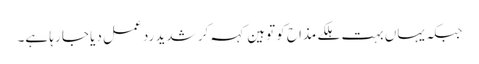
جبکہ یہاں بہت ہلکے مذاح کو توہین کہہ کر شدید رد عمل دیا جا رہا ہے۔